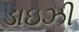
ડાઇઝી